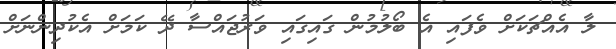
ލާ އެއްޗަކަށް ވެފައި އެ ބޯލުމުން ގައިގައި ވަރުޖައްސާ ދޭ ކަމަށް އެކުދިންނަށް